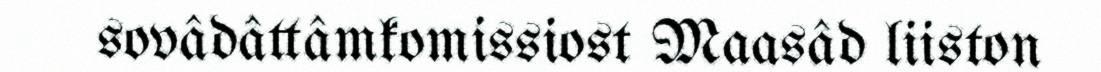
sovâdâttâmkomissiost Maasâd liiston